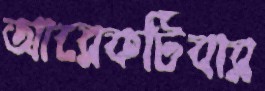
আরেকটিবার